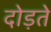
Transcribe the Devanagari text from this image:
दोड़ते